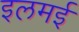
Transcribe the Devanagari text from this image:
इलमई